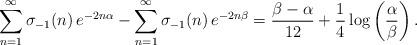
LaTeX: \begin{align*}\sum_{n=1}^{\infty}\sigma_{-1}(n)\,e^{-2n\alpha}-\sum_{n=1}^{\infty}\sigma_{-1}(n)\,e^{-2n\beta}=\frac{\beta-\alpha}{12}+\frac{1}{4}\log\left(\frac{\alpha}{\beta}\right).\end{align*}